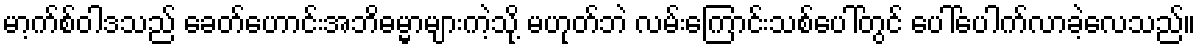
မာ့က်စ်ဝါဒသည် ခေတ်ဟောင်းအဘိဓမ္မာများကဲ့သို့ မဟုတ်ဘဲ လမ်းကြောင်းသစ်ပေါ်တွင် ပေါ်ပေါက်လာခဲ့လေသည်။